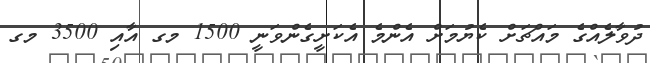
ދުވާލެއްގެ މައްޗަށް ކެޔުމަށް އެންމެ އެކަށީގެންވަނީ 1500 މގ އާއި 3500 މގ